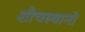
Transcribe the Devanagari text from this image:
शौचस्थानों